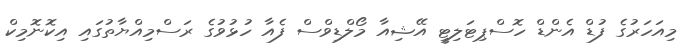
މިއަހަރުގެ ފުޑް އެންޑް ހޮސްޕިޓަލިޓީ އޭޝިއާ މޯލްޑިވްސް ފެއާ ހުޅުވުގެ ރަސްމިއްޔާތުގައި އިކޮނޮމިކް